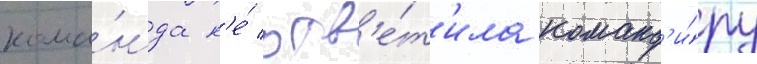
кома́нда н'е́ отв'е́т'ила команд'и́ру